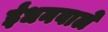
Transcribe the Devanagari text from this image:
ईंधनवाले